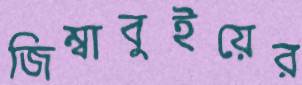
জিম্বাবুইয়ের